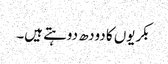
بکریوں کا دودھ دوہتے ہیں۔